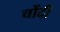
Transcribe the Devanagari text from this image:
चोंदी